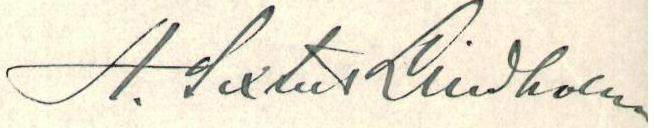
A. Sixtus Lindholm